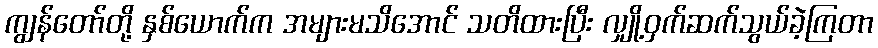
ကျွန်တော်တို့ နှစ်ယောက်က အများမသိအောင် သတိထားပြီး လျှို့ဝှက်ဆက်သွယ်ခဲ့ကြတာ